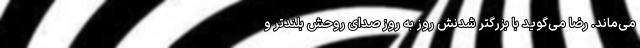
می‌ماند. رضا می‌گوید با بزرگتر شدنش روز به روز صدای روحش بلندتر و